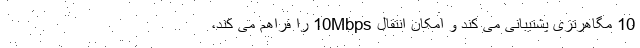
10 مگاهرتزی پشتیبانی می کند و امکان انتقال 10Mbps را فراهم می کند،